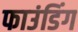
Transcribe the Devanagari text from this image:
फाउंडिंग